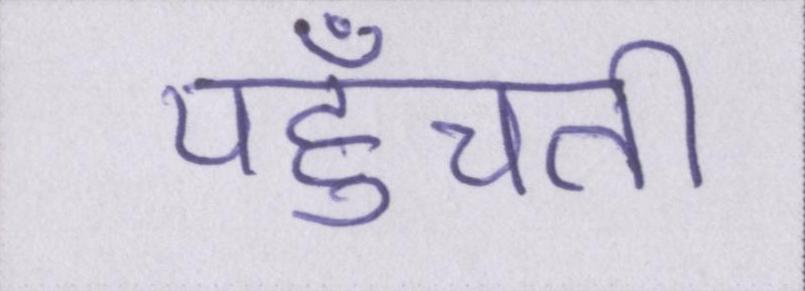
पहुँचती